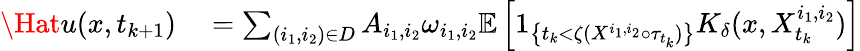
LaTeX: \begin{array}{rl}{\Hat{u}(x,t_{k+1})}&{{}=\sum_{(i_{1},i_{2})\in D}A_{i_{1},i_{2}}\omega_{i_{1},i_{2}}\mathbb{E}\left[1_{\left\{ t_{k}<\zeta(X^{i_{1},i_{2}}\circ\tau_{t_{k}})\right\} }K_{\delta}(x,X_{t_{k}}^{i_{1},i_{2}})\right]}\end{array}